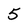
Character: 5